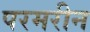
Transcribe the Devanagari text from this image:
परमरीन